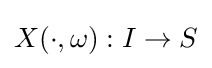
X(\cdot ,\omega ):I\to S